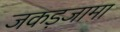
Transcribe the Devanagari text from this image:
जकड़जामा